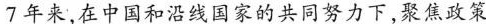
7年来，在中国和沿线国家的共同努力下，聚焦政策